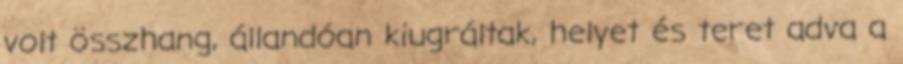
volt összhang, állandóan kiugráltak, helyet és teret adva a